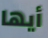
أيها